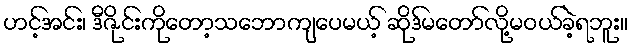
ဟင့်အင်း၊ ဒီဇိုင်းကိုတော့သဘောကျပေမယ့် ဆိုဒ်မတော်လို့မဝယ်ခဲ့ရဘူး။